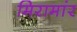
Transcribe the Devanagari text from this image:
मिरामांर